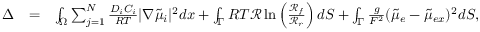
\begin{array} { r l r } { \Delta } & { = } & { \int _ { \Omega } \sum _ { j = 1 } ^ { N } \frac { D _ { i } C _ { i } } { R T } | \nabla \tilde { \mu } _ { i } | ^ { 2 } d x + \int _ { \Gamma } R T \mathcal { R } \ln \left( \frac { \mathcal { R } _ { f } } { \mathcal { R } _ { r } } \right) d S + \int _ { \Gamma } \frac { g } { F ^ { 2 } } ( \tilde { \mu } _ { e } - \tilde { \mu } _ { e x } ) ^ { 2 } d S , } \end{array}